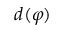
d ( \varphi )